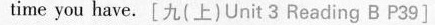
time you have. [九(上)Unit 3 Reading B P39]